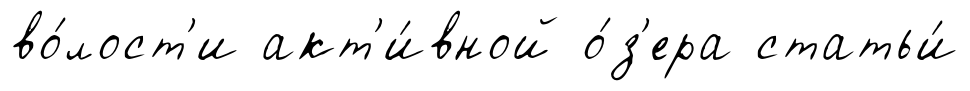
во́лост'и акт'и́вной о́з'ера статьи́